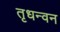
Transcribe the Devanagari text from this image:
तृधन्वन